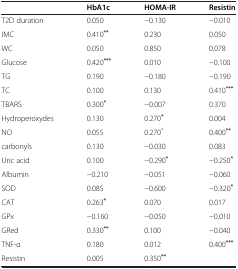
|  | HbA1c | HOMA-IR | Resistin |
 | --- | --- | --- | --- |
 | T2D duration | 0.050 | −0.130 | −0.010 |
 | IMC | 0.410** | 0.230 | 0.050 |
 | WC | 0.050 | 0.850 | 0.078 |
 | Glucose | 0.420*** | 0.010 | −0.100 |
 | TG | 0.190 | −0.180 | −0.190 |
 | TC | 0.100 | 0.130 | 0.410*** |
 | TBARS | 0.300* | −0.007 | 0.370 |
 | Hydroperoxydes | 0.130 | 0.270* | 0.004 |
 | NO | 0.055 | 0.270* | 0.400** |
 | carbonyls | 0.130 | −0.030 | 0.083 |
 | Uric acid | 0.100 | −0.290* | −0.250* |
 | Albumin | −0.210 | −0.051 | −0.060 |
 | SOD | 0.085 | −0.600 | −0.320* |
 | CAT | 0.263* | 0.070 | 0.017 |
 | GPx | −0.160 | −0.050 | −0.010 |
 | GRed | 0.330** | 0.100 | −0.040 |
 | TNF-α | 0.180 | 0.012 | 0.400*** |
 | Resistin | 0.005 | 0.350** |  |